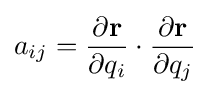
a_{ij}={\frac {\partial \mathbf {r} }{\partial q_{i}}}\cdot {\frac {\partial \mathbf {r} }{\partial q_{j}}}